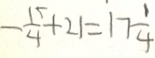
- \frac { 1 5 } { 4 } + 2 1 = 1 7 \frac { 1 } { 4 }